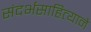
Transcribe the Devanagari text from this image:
संदर्भसाहित्याने